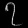
Digit: ၇